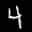
Label: 4